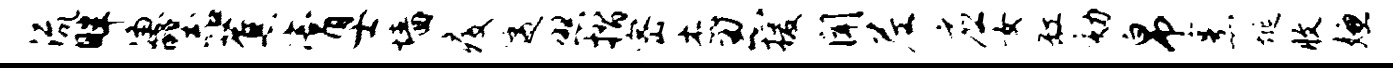
流畔凄器蕉膏士墙疫逶照摺密杰忍援闻尼应女缸劾帛烹埏收嫌